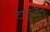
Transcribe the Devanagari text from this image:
टेमरलेन